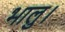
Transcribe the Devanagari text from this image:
भालु।